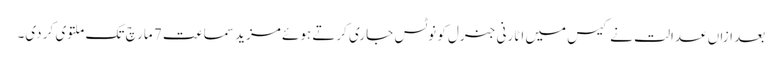
بعد ازاں عدالت نے کیس میں اٹارنی جنرل کو نوٹس جاری کرتے ہوئے مزید سماعت 7 مارچ تک ملتوی کر دی۔